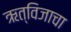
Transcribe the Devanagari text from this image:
ऋत्विजाचा